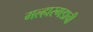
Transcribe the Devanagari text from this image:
मल्हारगडाची